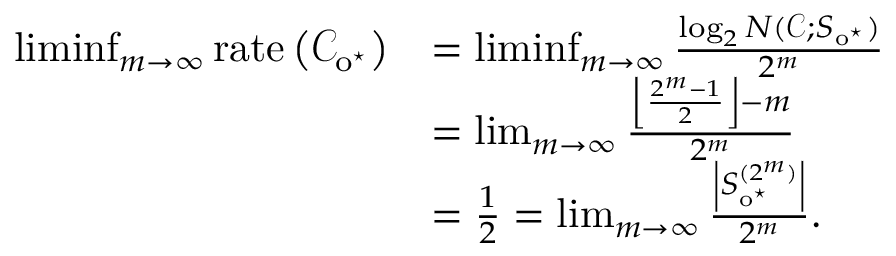
\begin{array} { r l } { \operatorname* { l i m i n f } _ { m \to \infty } \mathrm { r a t e } \left( \mathcal { C } _ { \mathrm { o } ^ { \star } } \right) } & { = \operatorname* { l i m i n f } _ { m \to \infty } \frac { \log _ { 2 } N ( \mathcal { C } ; S _ { \mathrm { o } ^ { \star } } ) } { 2 ^ { m } } } \\ & { = \operatorname* { l i m } _ { m \to \infty } \frac { \left\lfloor \frac { 2 ^ { m } - 1 } { 2 } \right\rfloor - m } { 2 ^ { m } } } \\ & { = \frac 1 2 = \operatorname* { l i m } _ { m \to \infty } \frac { \left\lvert S _ { \mathrm { o } ^ { \star } } ^ { ( 2 ^ { m } ) } \right\rvert } { 2 ^ { m } } . } \end{array}